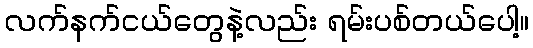
လက်နက်ငယ်တွေနဲ့လည်း ရမ်းပစ်တယ်ပေါ့။